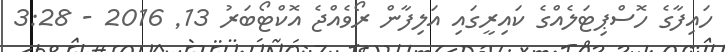
ހައިފާގެ ހޮސްޕިޓަލެއްގެ ކައިރީގައި އަލިފާން ރޯވެއްޖެ އޮކްޓޯބަރު 13